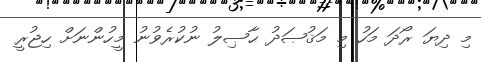
މި ދިޔަ ރޯދަ މަހު މި މަޤުޞަދު ޙާޞިލު ނުކުރެވުނު މީހުންނަށް ހިޖުރީ